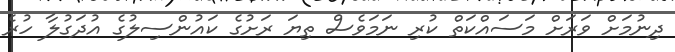
ދިނުމަށް ވަރަށް މަސައްކަތް ކުރި ނަމަވެސް ތިޔަ ރަށުގެ ކައުންސިލުގެ އުދަގުލާ ހުރެ